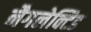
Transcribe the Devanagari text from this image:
नैगलेक्टिड